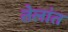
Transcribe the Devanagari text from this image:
तेलांत